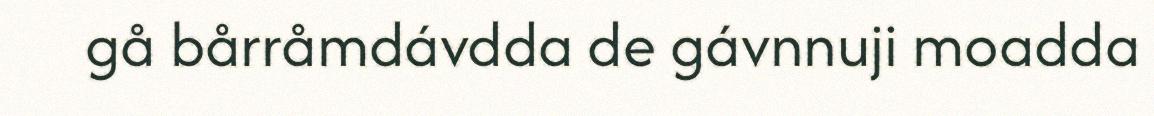
gå bårråmdávdda de gávnnuji moadda